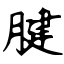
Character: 腱